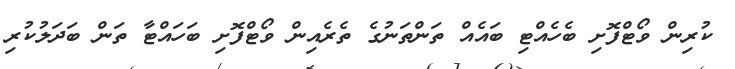
ކުރިން ވޯޓްފޮށި ބެހެއްޓި ބައެއް ތަންތަނުގެ ތެރެއިން ވޯޓްފޮށި ބަހައްޓާ ތަން ބަދަލުކުރި